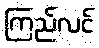
ကြည်လင်